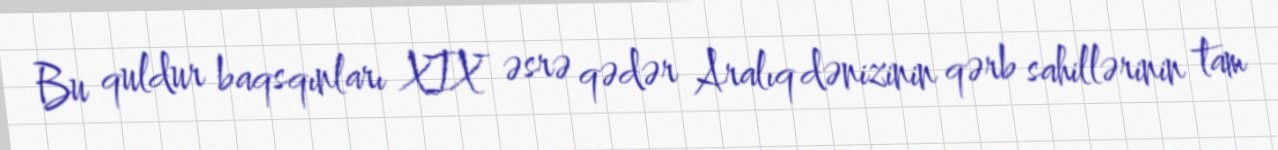
Bu quldur baqsqınları XIX əsrə qədər Aralıq dənizinin qərb sahillərinin tam